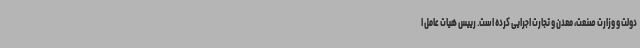
دولت و وزارت صنعت، معدن و تجارت اجرایی کرده است. رییس هیات عامل ا